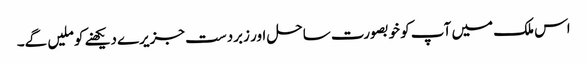
اس ملک میں آپ کو خوبصورت ساحل اور زبردست جزیرے دیکھنے کو ملیں گے۔